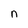
Character: n